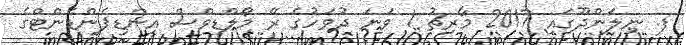
ފ. ނިލަންދޫގައި 2017 މާރިޗު 1 ވަނަ ދުވަހުގެ ރޭ މޯލްޑިވްސް އިންޑިޕެންޑެންޓްގެ